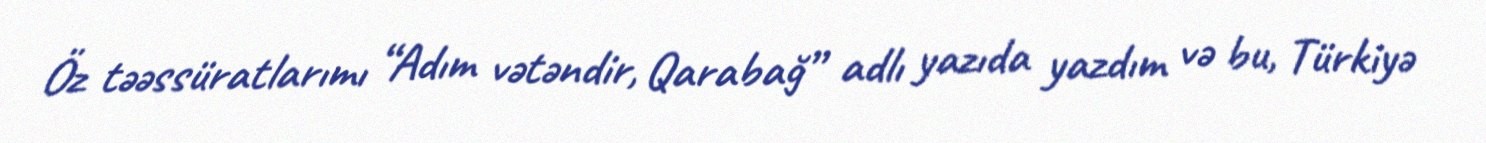
Öz təəssüratlarımı “Adım vətəndir, Qarabağ” adlı yazıda yazdım və bu, Türkiyə